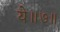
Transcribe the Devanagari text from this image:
ये॥७॥